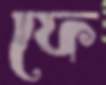
ফে